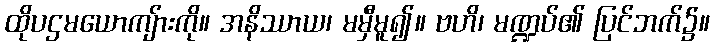
ထိုပဌမယောကျ်ားကို။ အနိဿာယ၊ မမှီမူ၍။ ဗဟိ၊ မဏ္ဍပ်၏ ပြင်ဘက်၌။